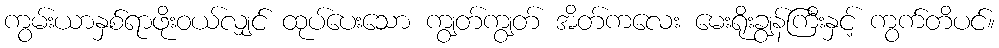
ကွမ်းယာနှစ်ရာဖိုးဝယ်လျှင် ထုပ်ပေးသော ကျွတ်ကျွတ် အိတ်ကလေး မေးရိုးချွန်ကြီးနှင့် ကွက်တိပင်။